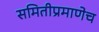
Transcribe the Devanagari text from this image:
समितीप्रमाणेच